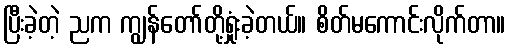
ပြီးခဲ့တဲ့ ညက ကျွန်တော်တို့ရှုံးခဲ့တယ်။ စိတ်မကောင်းလိုက်တာ။